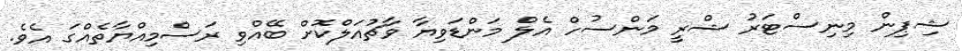
ޝިޕިން މިނިސްޓަރު ޝްރީ މަންސުހް އެލް މަންޑަވިޔާ ވާޗުއަލްކޮށް ބޭއްވި ރަސްމިއްޔާތެއްގަ އެވެ.